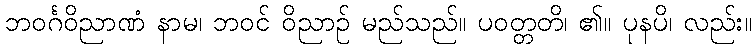
ဘဝင်္ဂဝိညာဏံ နာမ၊ ဘဝင် ဝိညာဉ် မည်သည်။ ပဝတ္တတိ၊ ၏။ ပုနပိ၊ လည်း။